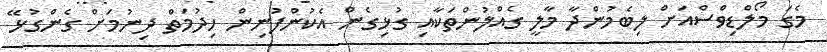
މެގަ މޯލްޑިވްސްއަށް ލިބެމުންދާ މާލީ ގެއްލުންތަކާއި ގުޅިގެން އެކުންފުނިން ހިދުމަތް ދިނުމަށް ގެންގުޅޭ